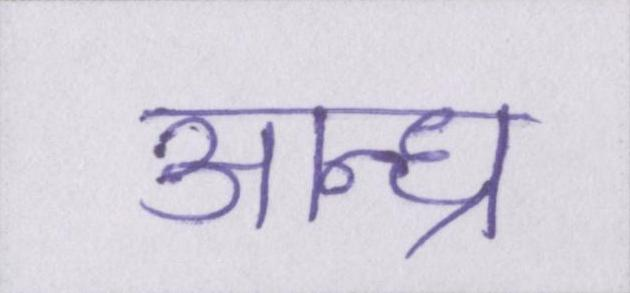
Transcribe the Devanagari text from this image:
आन्ध्र